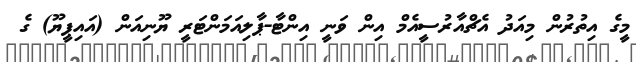
މީގެ އިތުރުން މިއަދު އެޗްއާރުސީއެމް އިން ވަނީ އިންޓާ-ޕާލިއަމަންޓަރީ ޔޫނިއަން (އައިޕީޔޫ) ގެ